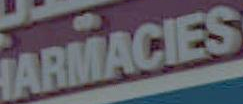
HARMACIES